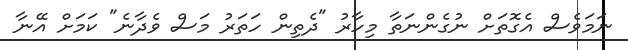
ނަމަވެސް އެގޮތަށް ނުގެންނަތާ މިހާރު "ދެތިން ހަތަރު މަސް ވެދާނެ" ކަމަށް އޭނާ